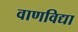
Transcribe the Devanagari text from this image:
वाणविद्या